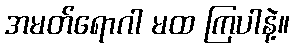
အမတ်ရောဂါ မထ ကြပါနဲ့။